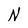
Character: N